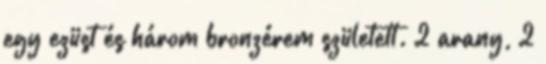
egy ezüst és három bronzérem született. 2 arany, 2